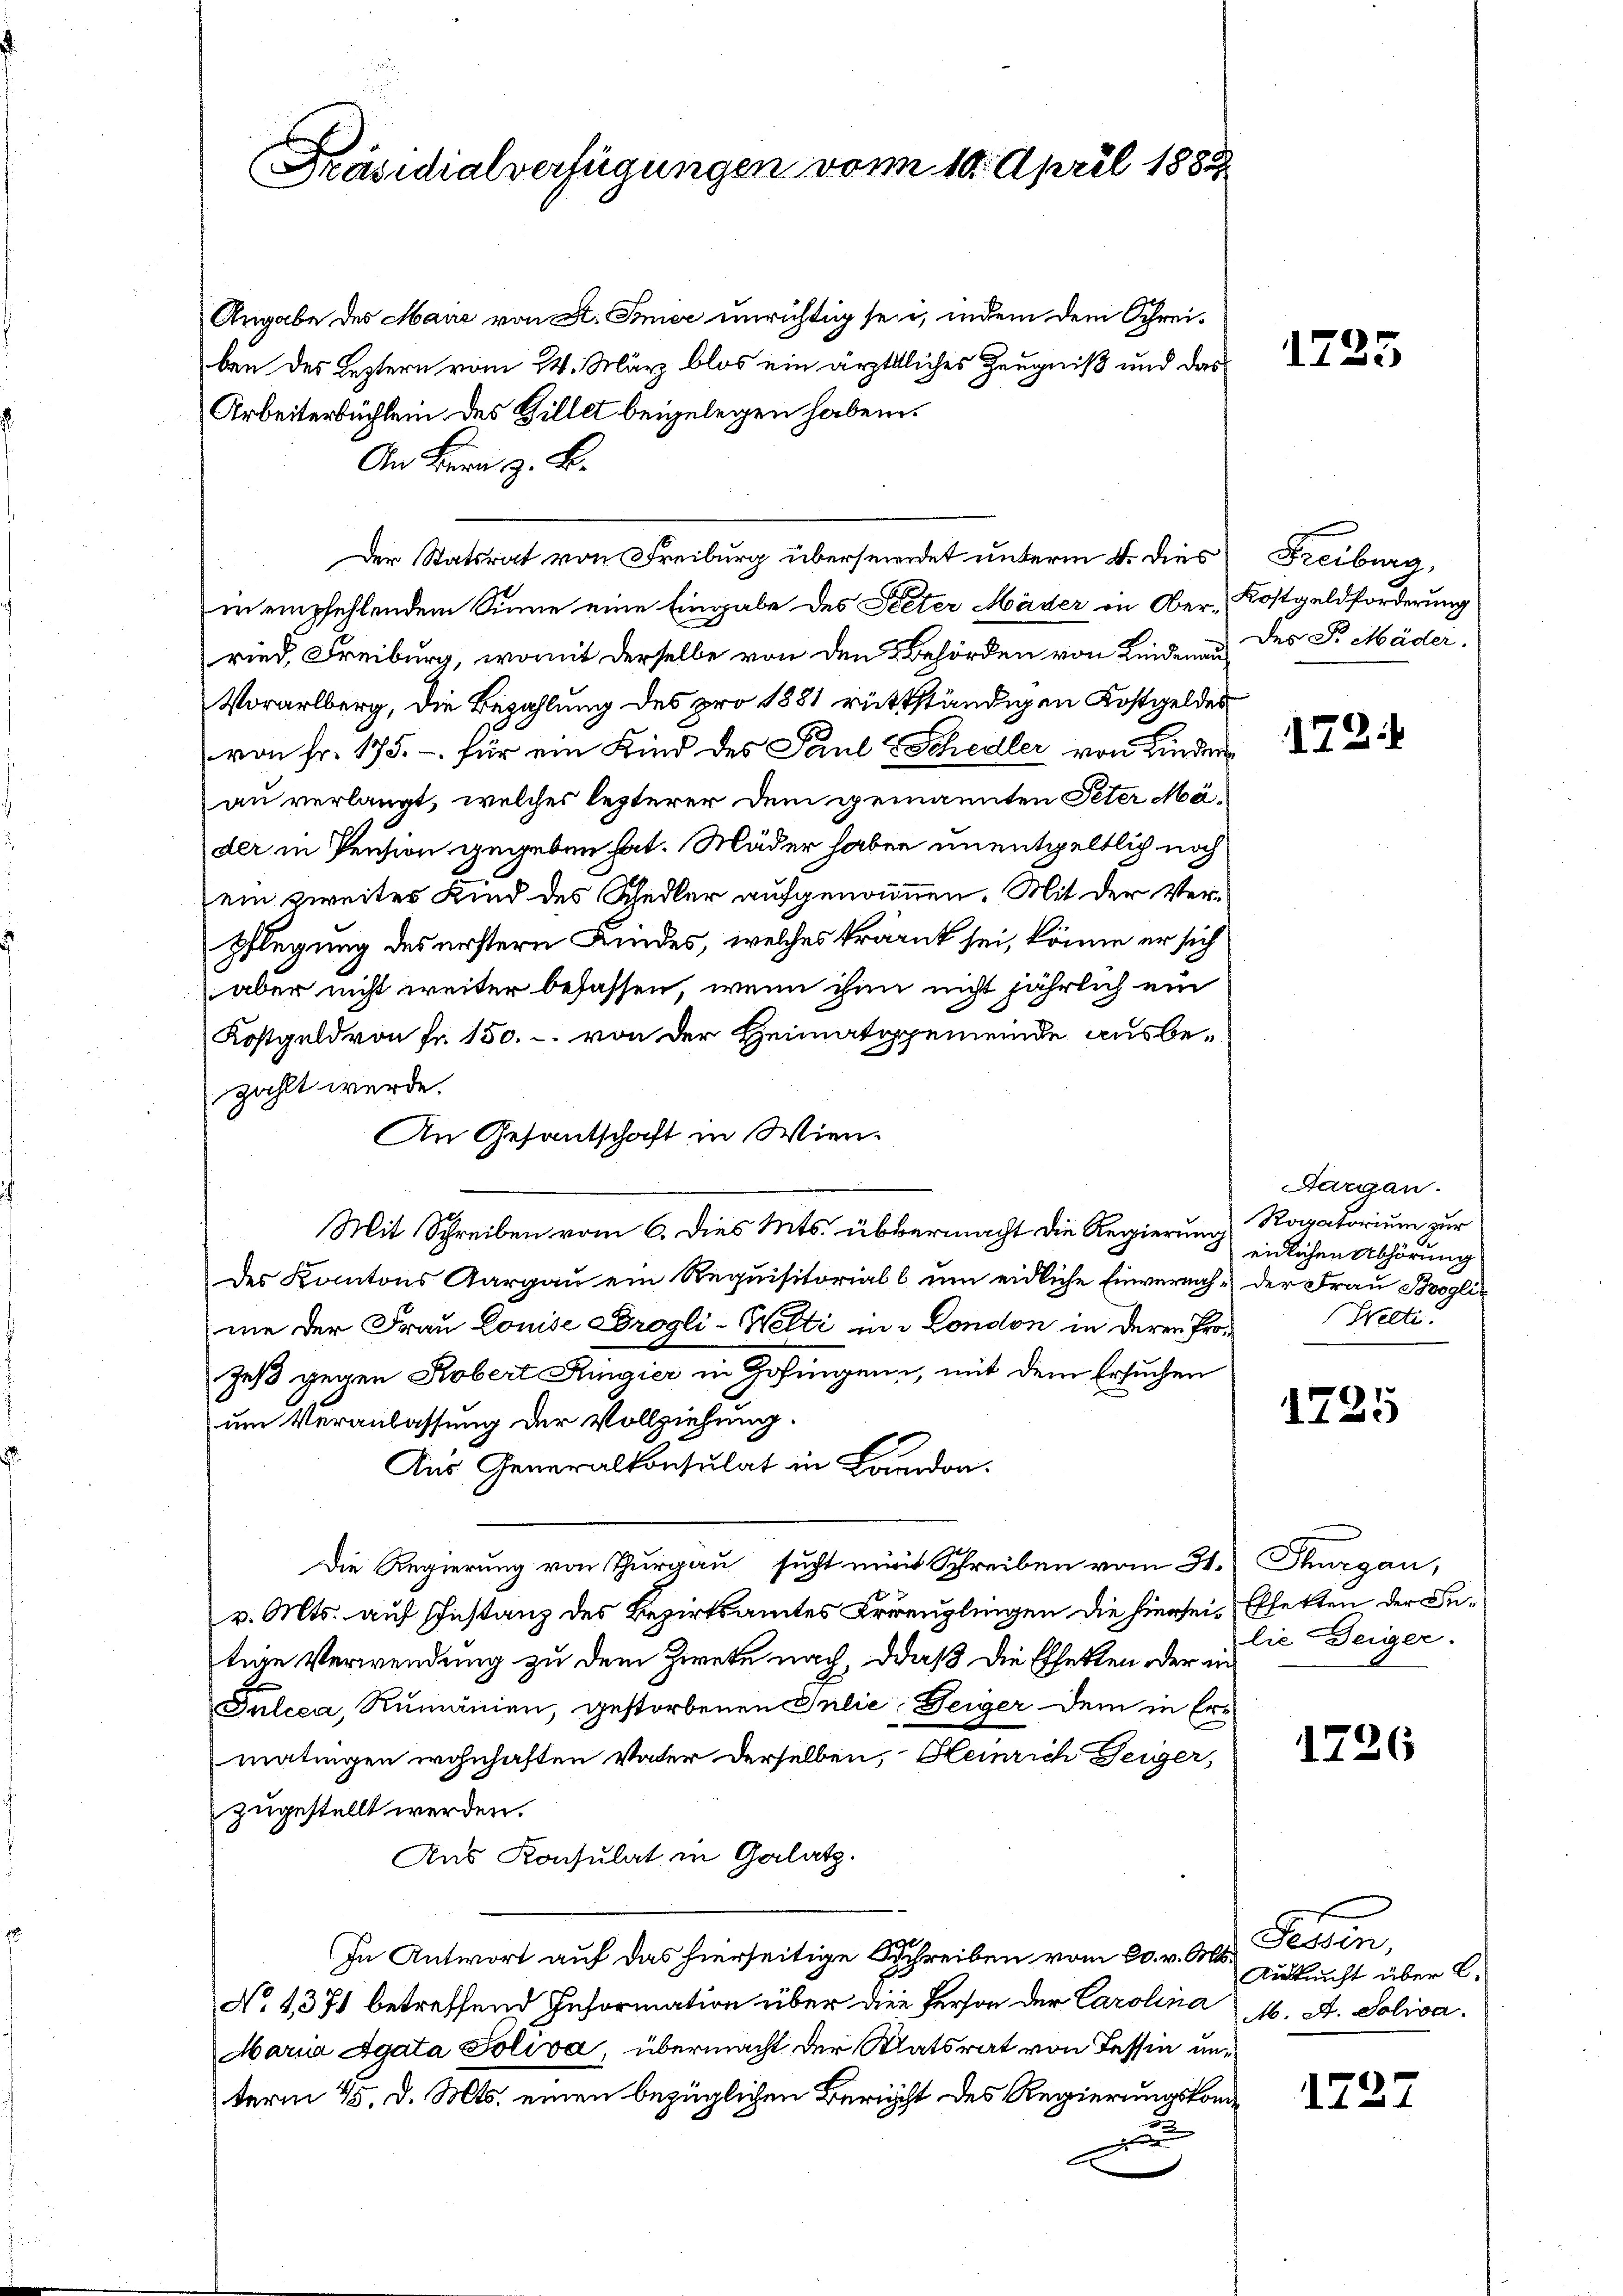
Präsidialverfügungen vom 10. April 1888

Angabe des Maure von A. Ime unrichtig sei, indem dem Schreiben des Leztern vom 24. März blos ein ärztliches Zeugniß und das
Arbeiterbüchlein des Billet beigelegen haben.
An Bern z. B.
Der Statsrat von Freiburg übersemendet unterm 4. dies Freiburg,
in empfehlendem Sinne eine Eingabe des Peter Mäder in Ober- Kostgeldforderung
ried, Freiburg, womit derselbe von den Behörden von Kindenen des Fr Mäder,
Vorarlberg, die Bezahlung des pro 1881 rückständigen Kostgeldes
von Fr. 175.- für ein Kind des Paul Schedler von Kinder
au verlangt, welches lezterer dem gemannten Peter Mader in Pension gegeben hat. Müder haben unentgeltlich noch
ein zweites Kind des Schedler aufgenommen. Mit der Verpflegung des erstern Kindes, welches krannt sei, könne er sich
aber nicht weiter befassen, wenn ihm nicht jährlich ein
Kostgeld von Fr. 150.-. von der Heimatgemeinde ausbezahlt werde.
An Gesantschaft in Wien¬
Mit Schreiben vom 6. Dies Mts. übermacht die Regierung
des Kantons Aargau ein Requisitoriall um eidliche Einvernach der Frau Bvoglime der Frau Louise Drogli-Welti in London in deren Prozeß gegen Kobert Ringier in Zofingen, mit dem Ersuchen
um Veranlassung der Vollziehung.
Aus Generalkonsulat in Landon.
Die Regierung von Thurgau sucht eine Schreiben vom 31. Thurgau,
v. Mts. auf Instanz des Bezirksamtes Kreuzlingen die hierseit Effekten der Intine Verwendung zu dem Zirete nach, daß die Effekten oder in
Tulcca, Rumänien, gestorbenen Julić, Teiger dem in Ermatingen wohnhaften Vater derselben, Heinrich Teiger,
zugestellt werden.
Ans Konsulat in Galatz.
In Antwort auf das hierseitige Schreiben vom 20. v. Mts.
No 1371 betreffend Information über die Person der Carolina 16. A. Soliva
Maria Agata Soliva, übermacht der Staatsrat von Tessin unterm 45. d. Mts. einen bezüglichen Bericht des Regierungskomx

1725

72.

Aargau.
Raxatorium zur
eidlichen Abhörung
Welti.

1725

lieDeiger.

1726

Faden,
Auskunft über L.

1727